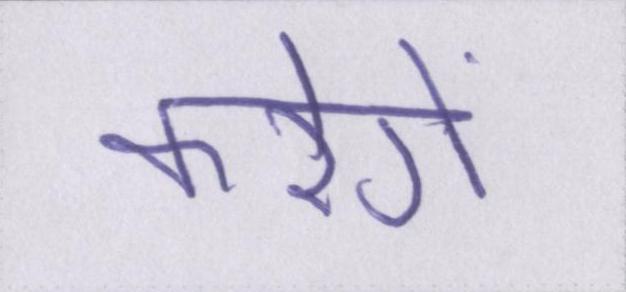
करेगें